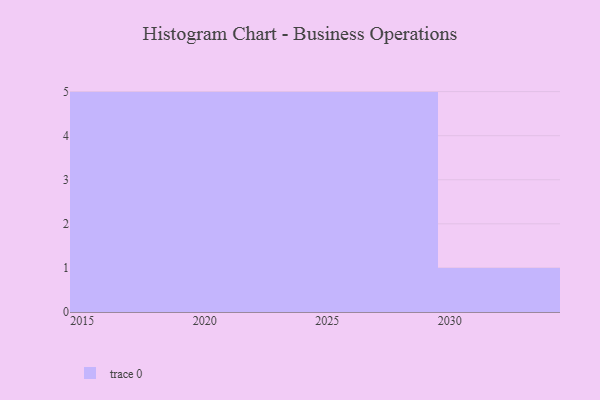
{"axis": {"x": "Year", "y": "Revenue (USD Million)"}, "legend": [""], "data": [{"x": "2016", "y": 78, "type": ""}, {"x": "2026", "y": 11, "type": ""}, {"x": "2025", "y": 87, "type": ""}, {"x": "2019", "y": 42, "type": ""}, {"x": "2027", "y": 68, "type": ""}, {"x": "2018", "y": 47, "type": ""}, {"x": "2021", "y": 16, "type": ""}, {"x": "2023", "y": 5, "type": ""}, {"x": "2015", "y": 22, "type": ""}, {"x": "2030", "y": 29, "type": ""}, {"x": "2028", "y": 51, "type": ""}, {"x": "2029", "y": 74, "type": ""}, {"x": "2022", "y": 58, "type": ""}, {"x": "2017", "y": 8, "type": ""}, {"x": "2020", "y": 77, "type": ""}, {"x": "2024", "y": 95, "type": ""}]}